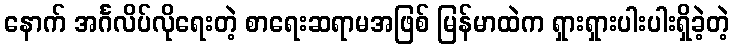
နောက် အင်္ဂလိပ်လိုရေးတဲ့ စာရေးဆရာမအဖြစ် မြန်မာထဲက ရှားရှားပါးပါးရှိခဲ့တဲ့